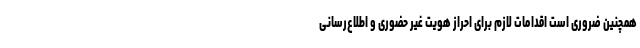
همچنین ضروری است اقدامات لازم برای احراز هویت غیر حضوری و اطلاع‌رسانی